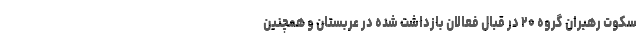
سکوت رهبران گروه ۲۰ در قبال فعالان بازداشت شده در عربستان و همچنین